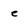
Character: e